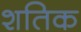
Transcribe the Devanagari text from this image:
शतिक